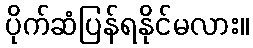
ပိုက်ဆံပြန်ရနိုင်မလား။